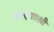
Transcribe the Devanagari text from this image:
जाएगा।श्री